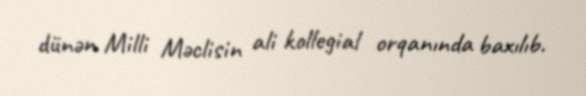
dünən Milli Məclisin ali kollegial orqanında baxılıb.